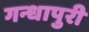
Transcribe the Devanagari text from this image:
गन्धापुरी